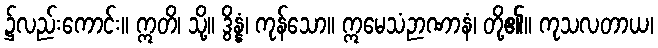
၌လည်းကောင်း။ ဣတိ၊ သို့။ ဒွိန္နံ၊ ကုန်သော။ ဣမေသံဉာဏာနံ၊ တို့၏။ ကုသလတာယ၊